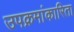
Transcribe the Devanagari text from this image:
उपक्रमांकारिता